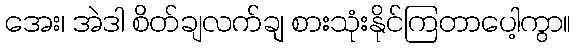
အေး၊ အဲဒါ စိတ်ချလက်ချ စားသုံးနိုင်ကြတာပေါ့ကွာ။